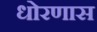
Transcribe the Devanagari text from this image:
धोरणास